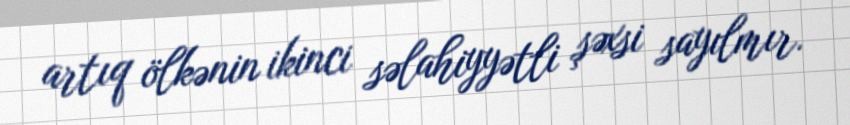
artıq ölkənin ikinci səlahiyyətli şəxsi sayılmır.